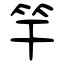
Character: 竿